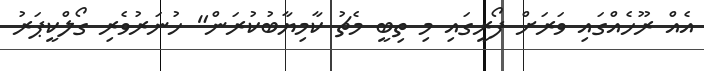
އެއް ރޫހެއްގައި ވަރަށް ފޯރީގައި މި ތިބީ މެޗު ކާމިޔާބުކުރަން" ހުނަރުވެރި ގޯލްކީޕަރު